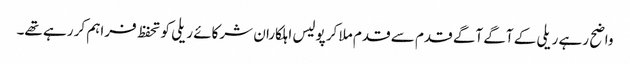
واضح رہے ریلی کے آگے آگے قدم سے قدم ملا کر پولیس اہلکاران شرکائے ریلی کو تحفظ فراہم کر رہے تھے۔